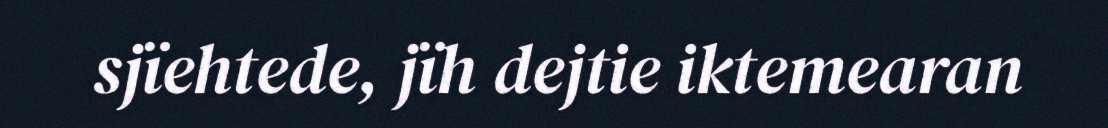
sjïehtede, jïh dejtie iktemearan